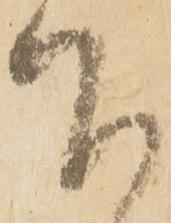
下